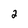
Character: 2